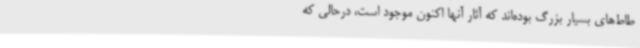
طاط‌های بسیار بزرگ بوده‌اند که آثار آنها اکنون موجود است، درحالی که